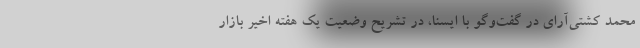
محمد کشتی‌آرای در گفت‌وگو با ایسنا، در تشریح وضعیت یک هفته اخیر بازار